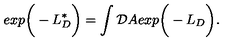
e x p \bigg ( - L _ { D } ^ { * } \bigg ) = \int { \cal D } A e x p \bigg ( - L _ { D } \bigg ) .